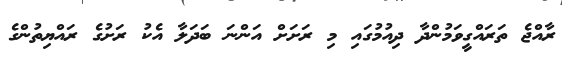
ރާއްޖެ ތަރައްގީވަމުންދާ ދިއުމުގައި މި ރަށަށް އަންނަ ބަދަލާ އެކު ރަށުގެ ރައްޔިތުންގެ